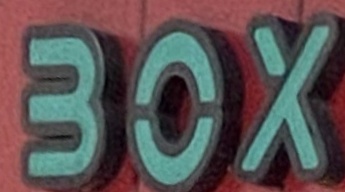
BOX